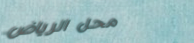
محل الرياض